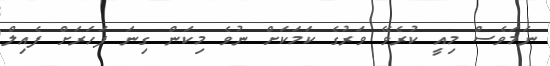
ނަމަވެސް މިއީ ކުރެވޭ ވަރުގެ ކަމަކަށް ނުވެ މިކަން ގިނަ ފަހަރަށް ފެއިލް